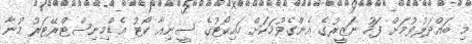
މި ބައްދަލުވުމަށް ފަހު ނަޒީރުގެ އެންގެވުމަކަށް ހައިކޯޓުގެ ސީނިއާ ކޯޓު އެޑްމިނިސްޓްރޭޓަރު މުނާ